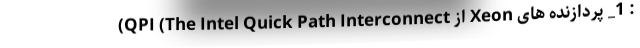
: 1_ پردازنده های Xeon از QPI (The Intel Quick Path Interconnect)